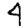
Digit: 4